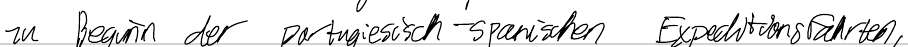
zu Beginn der portugiesisch-spanischen Expeditionsfahrten,